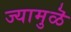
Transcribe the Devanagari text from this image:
ज्यामुळॆ